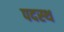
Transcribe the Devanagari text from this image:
पदस्‍थ